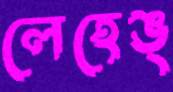
লেহেঙ্